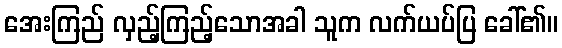
အေးကြည် လှည့်ကြည့်သောအခါ သူက လက်ယပ်ပြ ခေါ်၏။